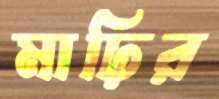
মাঢ়ির